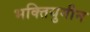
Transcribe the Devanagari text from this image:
भक्तियुगीन